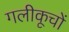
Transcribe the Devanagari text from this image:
गलीकूचों